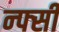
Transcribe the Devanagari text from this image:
न्फ्सी